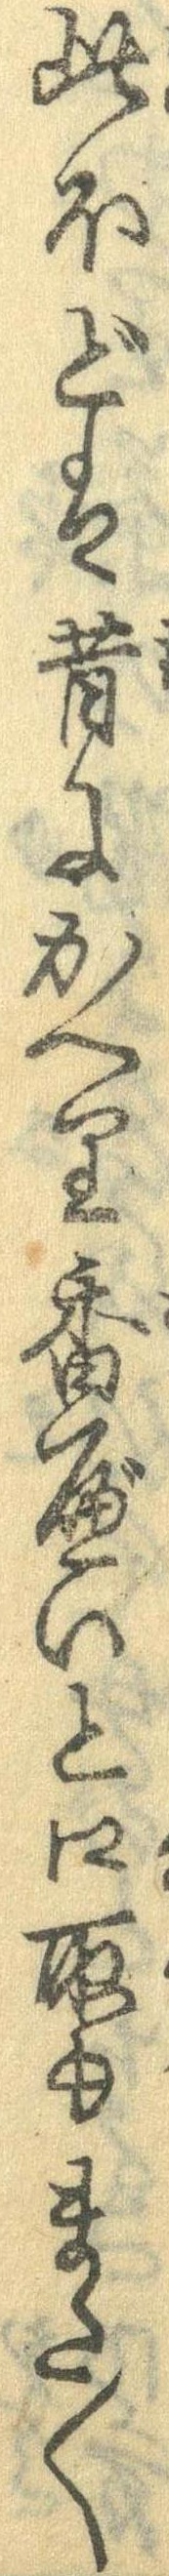
此ほどは昔にかへり香べいと口取もまた〱